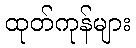
ထုတ်ကုန်များ